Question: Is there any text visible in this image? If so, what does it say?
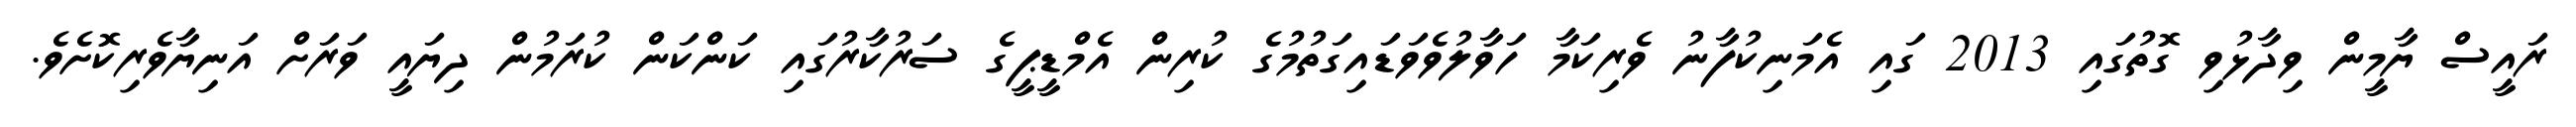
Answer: ރައީސް ޔާމީން ވިދާޅުވި ގޮތުގައި 2013 ގައި އެމަނިކުފާނު ވެރިކަމާ ހަވާލުވެވަޑައިގަތުމުގެ ކުރިން އެމްޑީޕީގެ ސަރުކާރުގައި ކަންކަން ކުރަމުން ދިޔައީ ވަރަށް އަނިޔާވެރިކޮށެވެ.